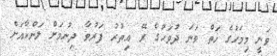
ވަނީ މިމަހުގެ ހަތް ވަނަ ދުވަހުގެ ރޭ އިތުރު ފަރުވާ ދިނުމަށް ލަންކާއަށް